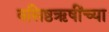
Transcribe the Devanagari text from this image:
वसिष्ठऋषींच्या